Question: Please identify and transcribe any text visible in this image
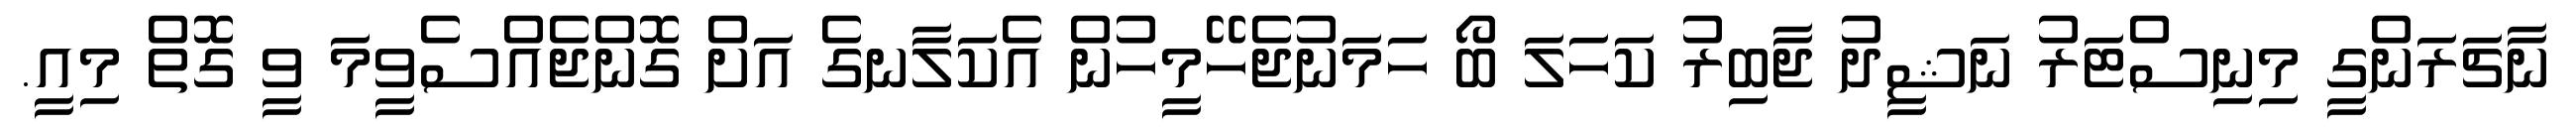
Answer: ނާޗަރަންގީ މިނިސްޓަރު ނަޝީދު ޖާބިރު ކަހަލަ ބޯ ހަމަނުޖެހޭމީހުން އެކަލާނގެ އަށް ގޮންޖެއްސެވީމަ ވީ ގޮތް މިއީ.